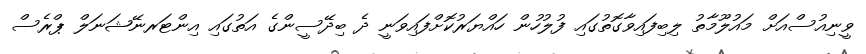
ވީނިއުސްއަށް މައުލޫމާތު ލިބިފައިވާގޮތުގައި ފުލުހުން ހައްޔަރުކޮށްފައިވަނީ ދެ ބިދޭސީންގެ އަތުގައި އިންޓަރނޭޝަނަލް ޕްރެސް